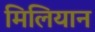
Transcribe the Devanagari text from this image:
मिलियान